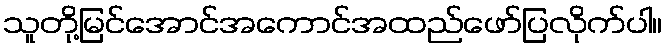
သူတို့မြင်အောင်အကောင်အထည်ဖော်ပြလိုက်ပါ။